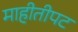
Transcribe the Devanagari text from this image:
माहीतीपट